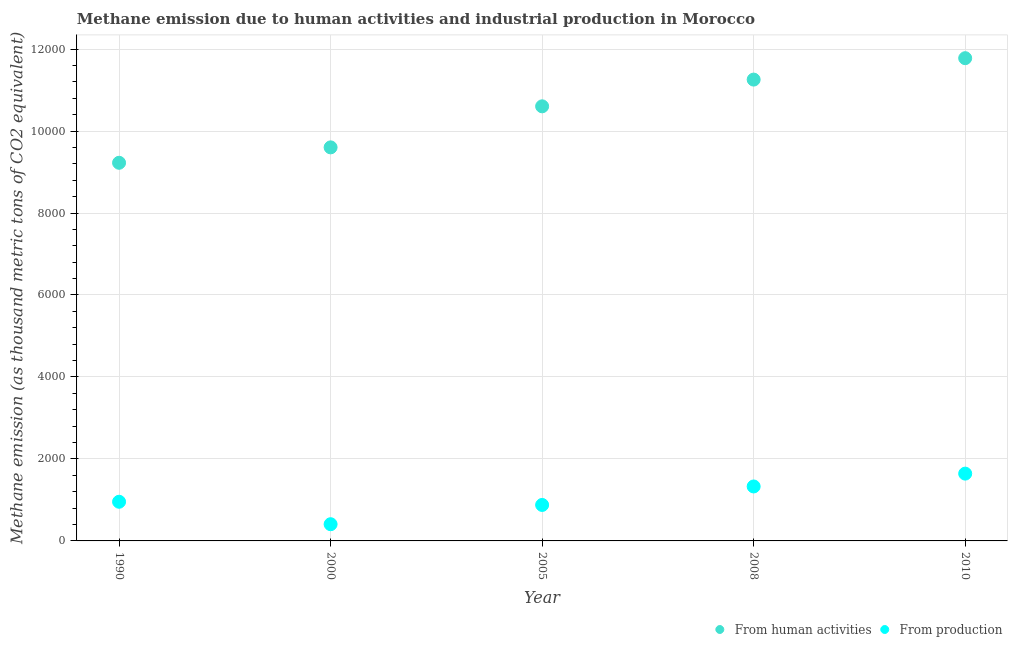
| Year | From human activities | From production |
 | --- | --- | --- |
 | 1990 | 9.23e+03 | 955 |
 | 2000 | 9.6e+03 | 408 |
 | 2005 | 1.06e+04 | 878 |
 | 2008 | 1.13e+04 | 1.33e+03 |
 | 2010 | 1.18e+04 | 1.64e+03 |